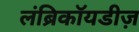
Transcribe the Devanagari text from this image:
लंब्रिकॉयडीज़